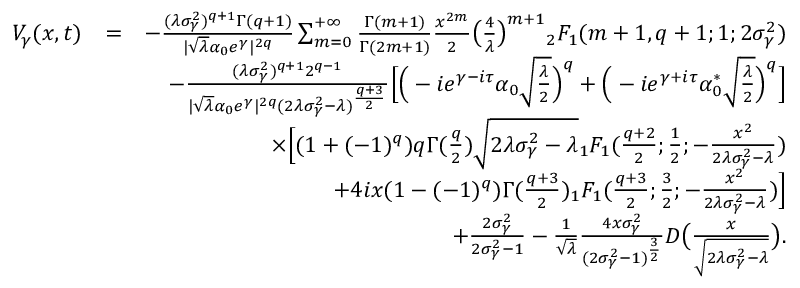
\begin{array} { r l r } { V _ { \gamma } ( x , t ) } & { = } & { - \frac { ( \lambda \sigma _ { \gamma } ^ { 2 } ) ^ { q + 1 } \Gamma ( q + 1 ) } { | \sqrt { \lambda } \alpha _ { 0 } e ^ { \gamma } | ^ { 2 q } } \sum _ { m = 0 } ^ { + \infty } \frac { \Gamma ( m + 1 ) } { \Gamma ( 2 m + 1 ) } \frac { x ^ { 2 m } } { 2 } \big ( \frac { 4 } { \lambda } \big ) ^ { m + 1 } { _ 2 F _ { 1 } } ( m + 1 , q + 1 ; 1 ; 2 \sigma _ { \gamma } ^ { 2 } ) } \\ & { } & { - \frac { ( \lambda \sigma _ { \gamma } ^ { 2 } ) ^ { q + 1 } 2 ^ { q - 1 } } { | \sqrt { \lambda } \alpha _ { 0 } e ^ { \gamma } | ^ { 2 q } ( 2 \lambda \sigma _ { \gamma } ^ { 2 } - \lambda ) ^ { \frac { q + 3 } { 2 } } } \Big [ \Big ( - i e ^ { \gamma - i \tau } \alpha _ { 0 } \sqrt { \frac { \lambda } { 2 } } \Big ) ^ { q } + \Big ( - i e ^ { \gamma + i \tau } \alpha _ { 0 } ^ { * } \sqrt { \frac { \lambda } { 2 } } \Big ) ^ { q } \Big ] } \\ & { } & { \times \Big [ ( 1 + ( - 1 ) ^ { q } ) q \Gamma ( \frac { q } { 2 } ) \sqrt { 2 \lambda \sigma _ { \gamma } ^ { 2 } - \lambda } { _ 1 F _ { 1 } } ( \frac { q + 2 } { 2 } ; \frac { 1 } { 2 } ; - \frac { x ^ { 2 } } { 2 \lambda \sigma _ { \gamma } ^ { 2 } - \lambda } ) } \\ & { } & { + 4 i x ( 1 - ( - 1 ) ^ { q } ) \Gamma ( \frac { q + 3 } { 2 } ) { _ 1 F _ { 1 } } ( \frac { q + 3 } { 2 } ; \frac { 3 } { 2 } ; - \frac { x ^ { 2 } } { 2 \lambda \sigma _ { \gamma } ^ { 2 } - \lambda } ) \Big ] } \\ & { } & { + \frac { 2 \sigma _ { \gamma } ^ { 2 } } { 2 \sigma _ { \gamma } ^ { 2 } - 1 } - \frac { 1 } { \sqrt { \lambda } } \frac { 4 x \sigma _ { \gamma } ^ { 2 } } { ( 2 \sigma _ { \gamma } ^ { 2 } - 1 ) ^ { \frac { 3 } { 2 } } } D \big ( \frac { x } { \sqrt { 2 \lambda \sigma _ { \gamma } ^ { 2 } - \lambda } } \big ) . } \end{array}